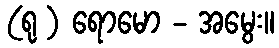
(ရု ) ရောမော - အမွေး။